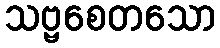
သဗ္ဗစေတသော